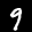
Label: 9